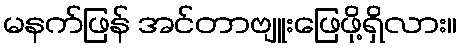
မနက်ဖြန် အင်တာဗျူးဖြေဖို့ရှိလား။